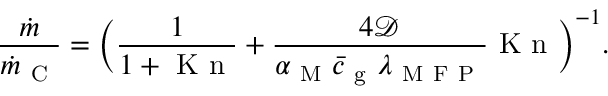
\frac { \dot { m } } { \dot { m } _ { \mathrm { ~ C ~ } } } = \bigg ( \frac { 1 } { 1 + \mathrm { ~ K ~ n ~ } } + \frac { 4 \mathcal { D } } { \alpha _ { \mathrm { ~ M ~ } } \bar { c } _ { \mathrm { ~ g ~ } } \lambda _ { \mathrm { ~ M ~ F ~ P ~ } } } \mathrm { ~ K ~ n ~ } \bigg ) ^ { - 1 } .